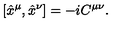
[ \hat { x } ^ { \mu } , \hat { x } ^ { \nu } ] = - i C ^ { \mu \nu } .